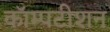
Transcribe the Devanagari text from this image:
कॉम्पटीशन